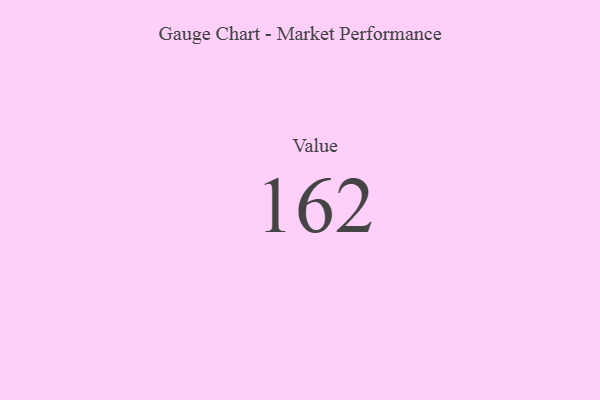
{"axis": {"x": "Metric", "y": "Value"}, "legend": [""], "data": [{"x": "Value", "y": 162, "type": ""}]}